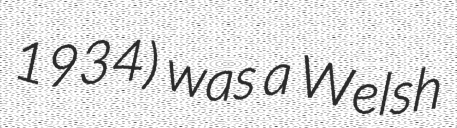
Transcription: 1934) was a Welsh